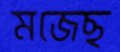
মজেছ